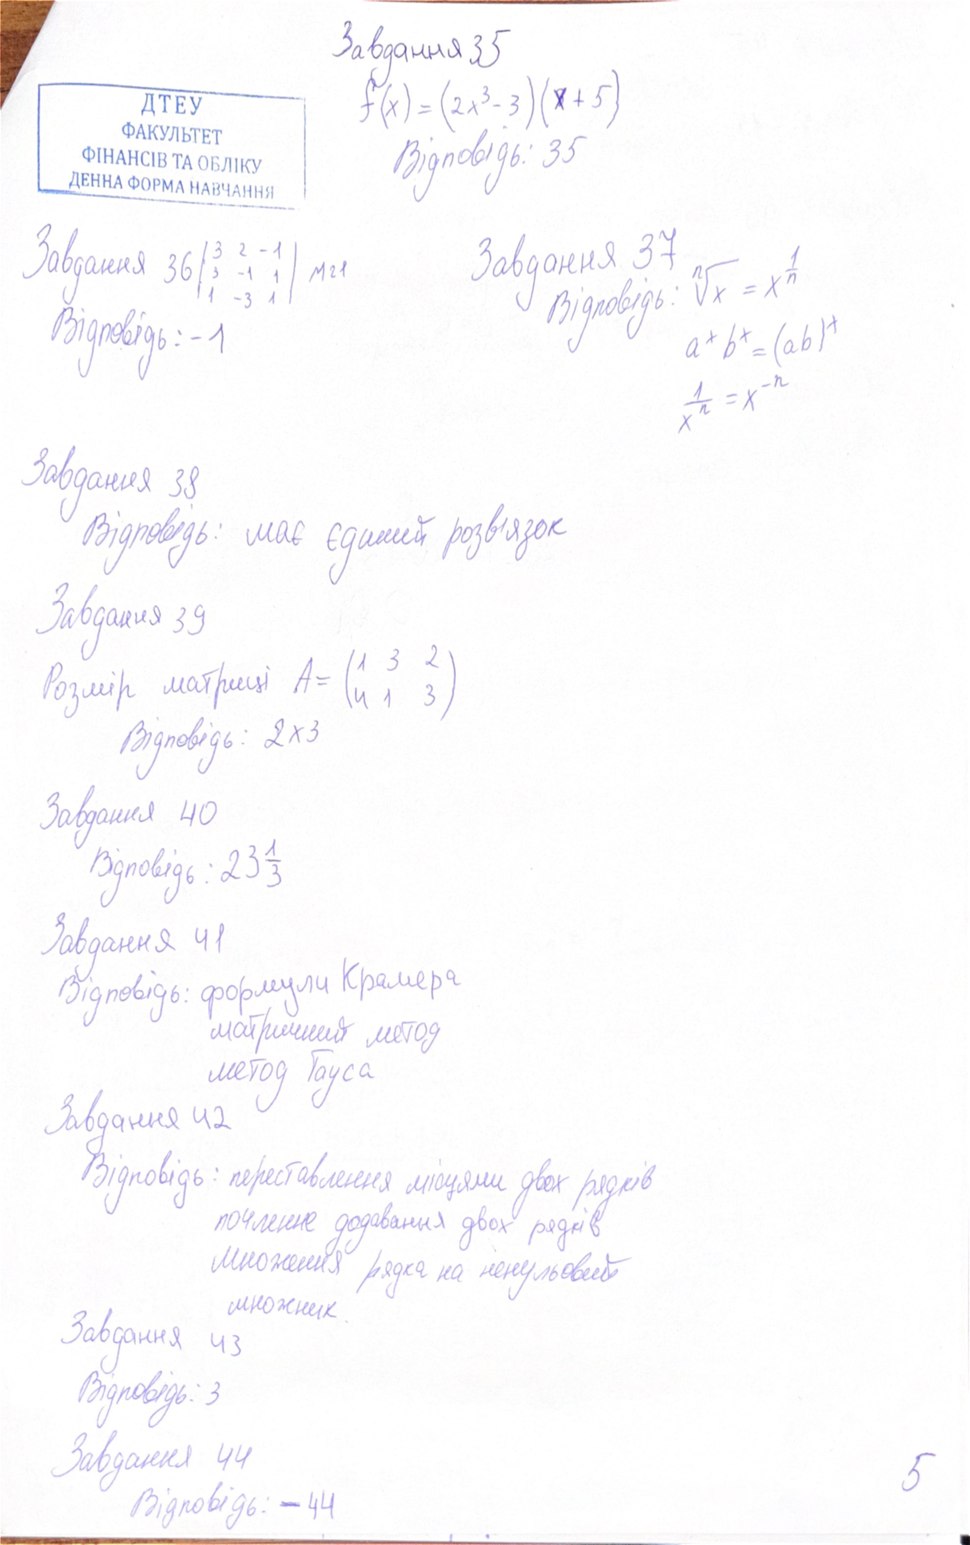
Завдання 35
f(x) = (2x³ - 3)(x + 5)
Відповідь: 35
Завдання 36 |3 2 -1| |3 -1 1| |1 -3 1| М21
Завдання 37
\sqrt[n]{x} = x^{\frac{1}{n}} \
Відповідь:
Відповідь: -1
aˣbˣ = (ab)ˣ
1/хⁿ=х⁻ⁿ
Завдання 38
Відповідь: має єдиний розв'язок
Завдання 39
Розмір матриці A = (1 3 2 / 4 1 3)
Відповідь: 2 x 3
Завдання 40
Відповідь: 23 1/3
Завдання 41
Відповідь: формули Крамера
матричный метод
метод Гауса
Завдання 42
Відповідь: переставлення місцями двох рядків
почленне додавання двох рядків
множення рядка на ненульовий
множник
Завдання 43
Відповідь: 3
Завдання 44
5
Відповідь: -44